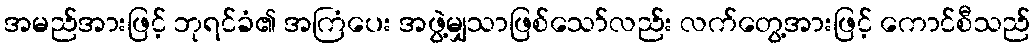
အမည်အားဖြင့် ဘုရင်ခံ၏ အကြံပေး အဖွဲ့မျှသာဖြစ်သော်လည်း လက်တွေ့အားဖြင့် ကောင်စီသည်